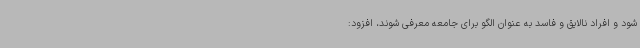
شود و افراد نالایق و فاسد به عنوان الگو برای جامعه معرفی شوند، افزود: